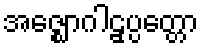
အဇ္ဈောဂါဠှပ္ပတ္တော